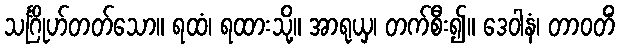
သင်္ဂြိုဟ်တတ်သော။ ရထံ၊ ရထားသို့။ အာရုယှ၊ တက်စီး၍။ ဒေဝါနံ၊ တာဝတိံ